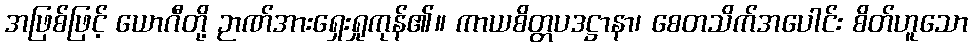
အဖြစ်ဖြင့် ယောဂီတို့ ဉာဏ်အားရှေးရှုကုန်၏။ ကာယစိတ္တပဒဋ္ဌာနာ၊ စေတသိက်အပေါင်း စိတ်ဟူသော